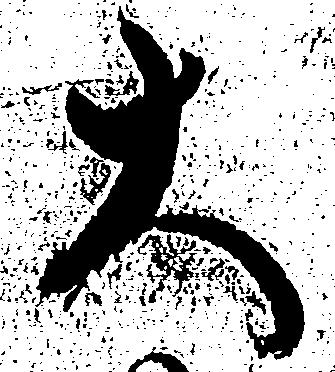
大